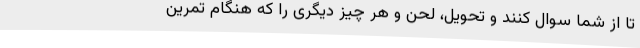
تا از شما سوال کنند و تحویل، لحن و هر چیز دیگری را که هنگام تمرین